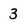
Character: 3